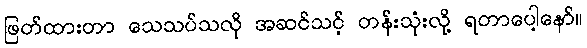
ဖြတ်ထားတာ သေသပ်သလို အဆင်သင့် တန်းသုံးလို့ ရတာပေါ့နော်။